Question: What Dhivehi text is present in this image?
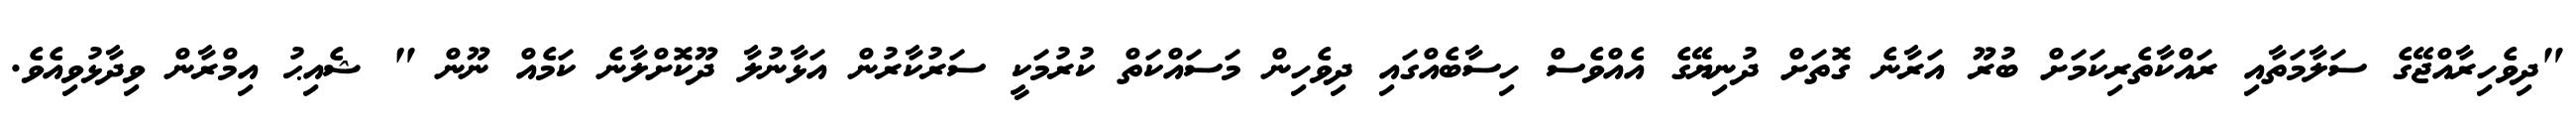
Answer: "ދިވެހިރާއްޖޭގެ ސަލާމަތާއި ރައްކާތެރިކަމަށް ބުރޫ އަރާނެ ގޮތަށް ދުނިޔޭގެ އެއްވެސް ހިސާބެއްގައި ދިވެހިން މަސައްކަތް ކުރުމަކީ ސަރުކާރުން އަޅާނުލާ ދޫކޮށްލާނެ ކަމެއް ނޫން " ޝެއިޙު އިމްރާން ވިދާޅުވިއެވެ.